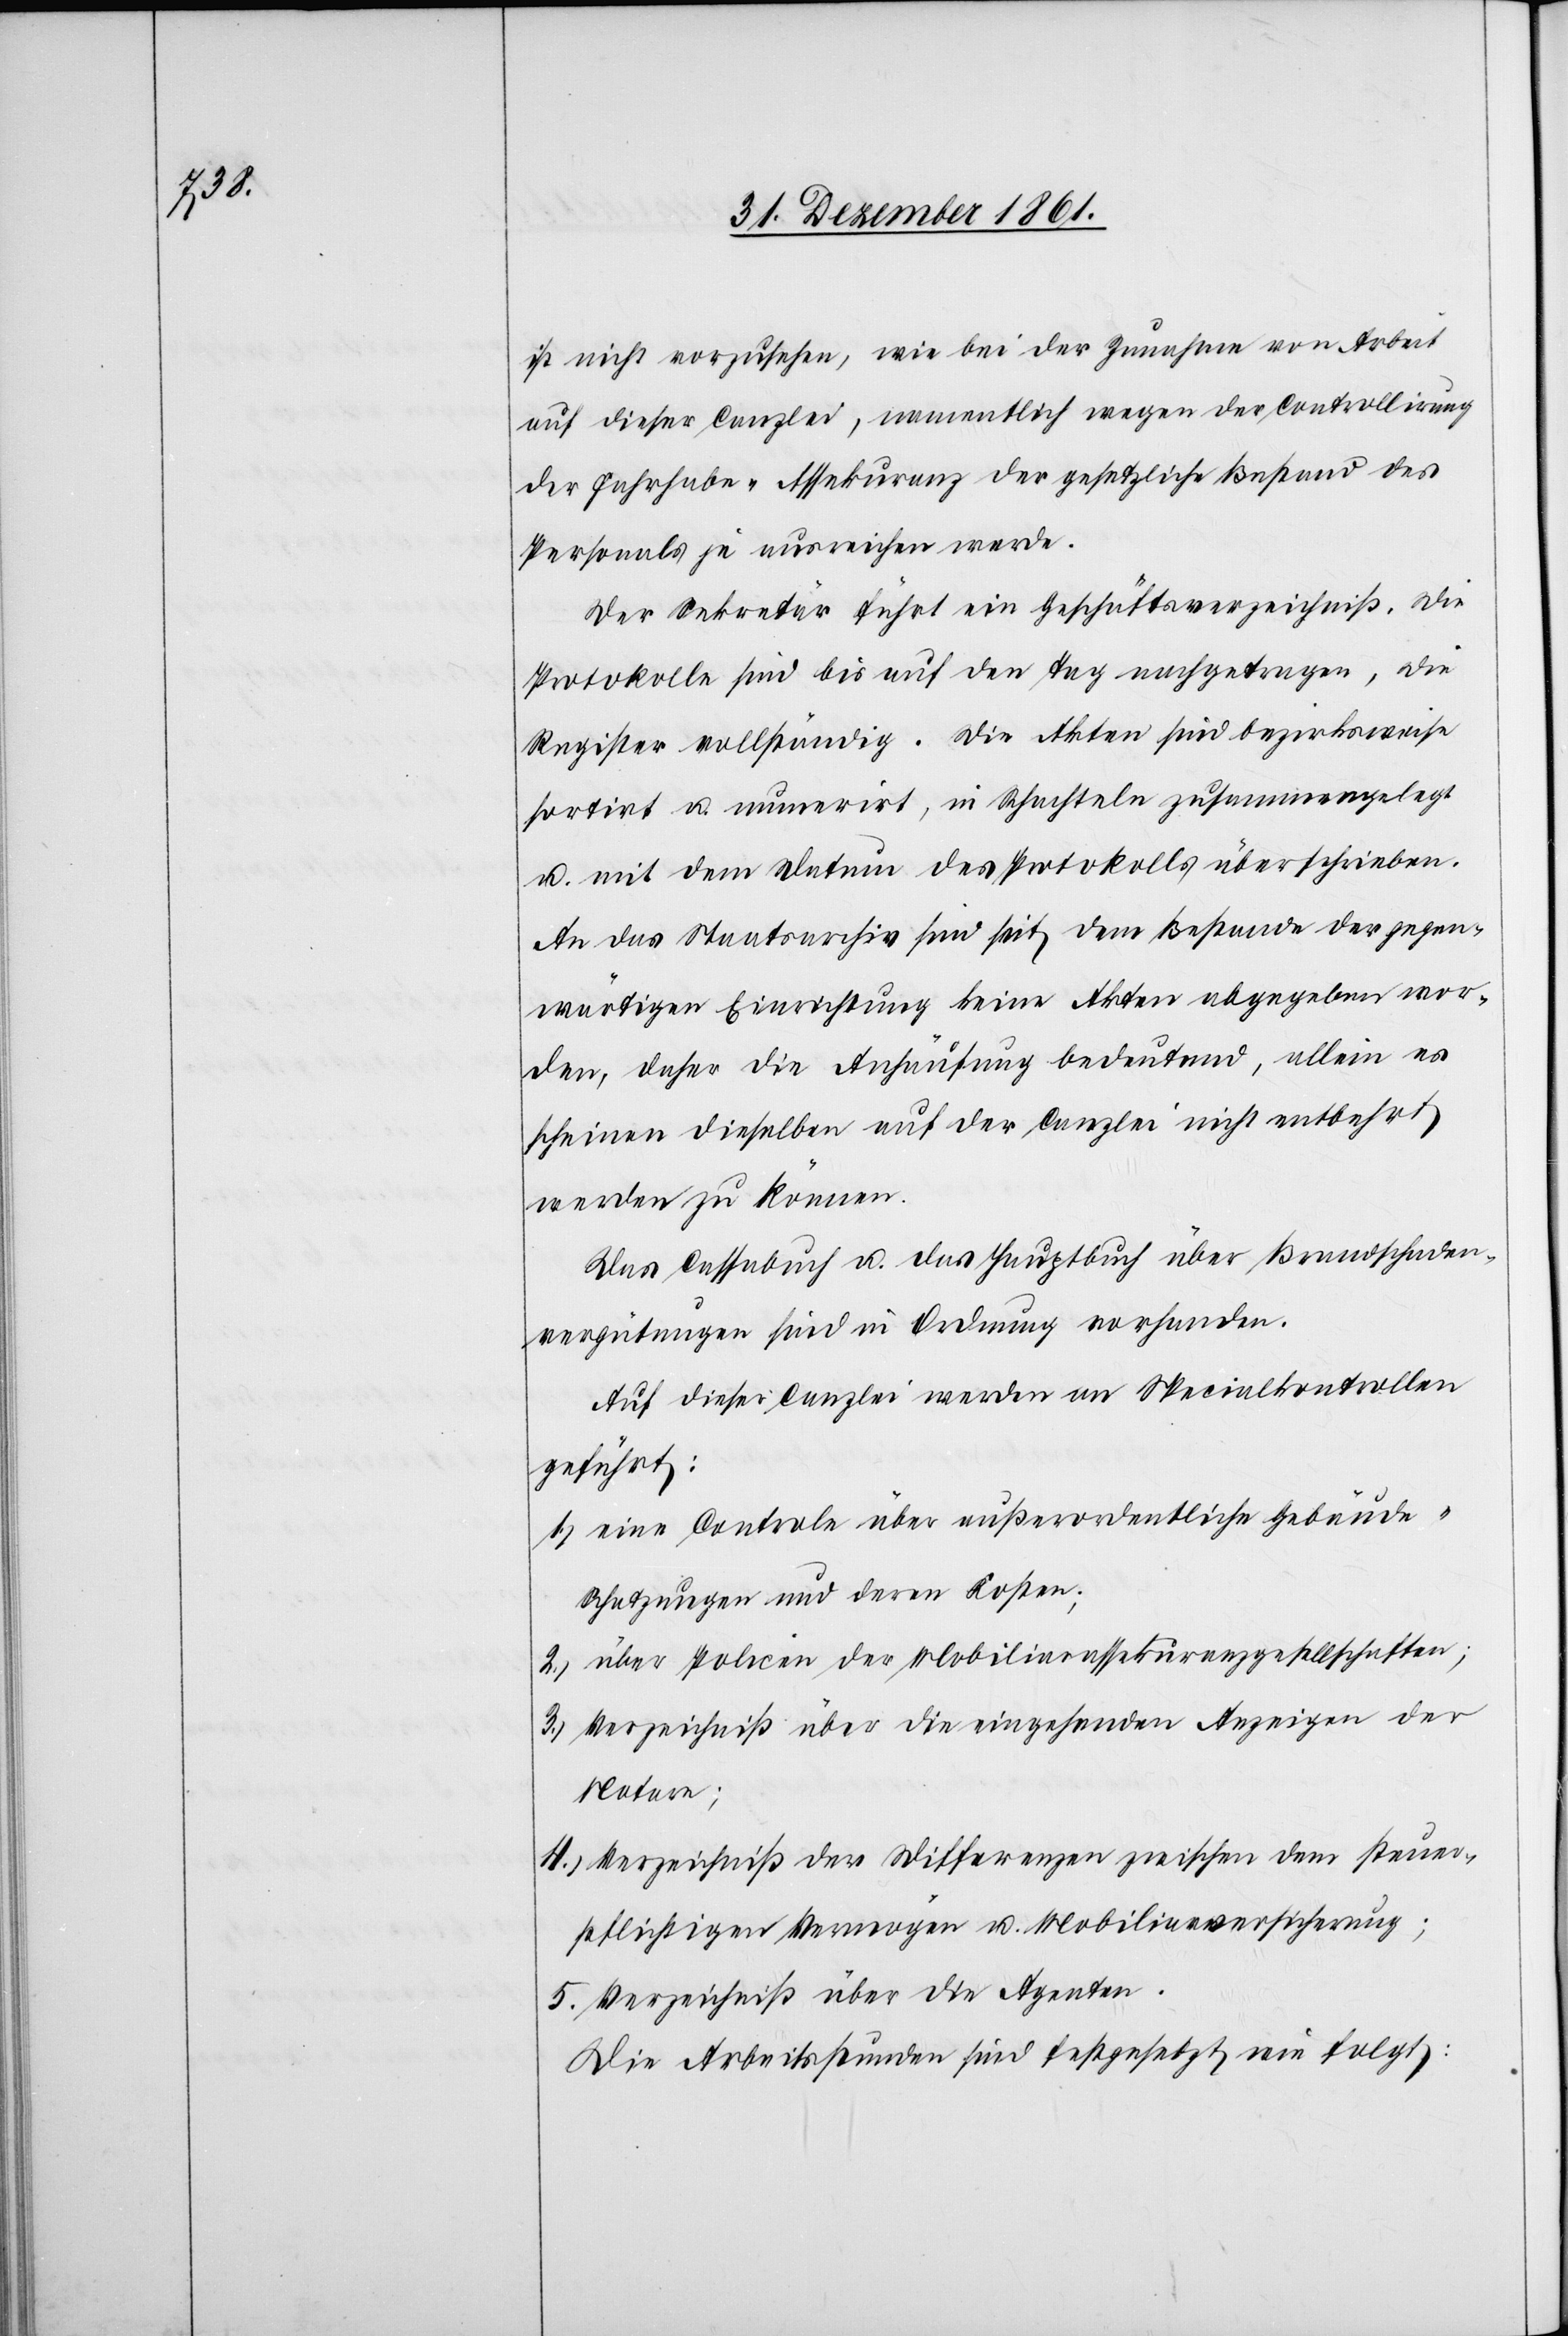
ist nicht vorzusehen, wie bei der Zunahme von Arbeit
auf dieser Canzlei, namentlich wegen der Controllirung
der Fahrhabe-Assekuranz der gesetzliche Bestand des
Personals je ausreichen werde.
Der Sekretär führt ein Geschäftsverzeichniß. Die
Protokolle sind bis auf den Tag nachgetragen, die
Register vollständig. Die Akten sind bezirksweise
sortirt u. numerirt, in Schachteln zusammengelegt
u. mit dem Datum des Protokolls überschrieben.
An das Staatsarchiv sind seit dem Bestande der gegen¬
wärtigen Einrichtung keine Akten abgegeben wor¬
den, daher die Anhäufung bedeutend, allein es
scheinen dieselben auf der Canzlei nicht entbehrt
werden zu können.
Das Cassabuch u. das Hauptbuch über Brandschaden¬
vergütungen sind in Ordnung vorhanden.
Auf dieser Canzlei werden an Specialkontrollen
geführt:
1.) eine Controle über außerordentliche Gebäude-S¬
chatzungen und deren Kosten;
2.) über Policen der Mobiliarassekuranzgesellschaften;
3.) Verzeichniß über die eingehenden Anzeigen der
Notare;
4.) Verzeichniß der Differenzen zwischen dem steuer¬
pflichtigen Vermögen u. Mobiliarversicherung;
5. Verzeichniß über die Agenten.
Die Arbeitsstunden sind festgesetzt wie folgt: